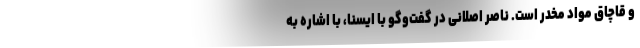
و قاچاق مواد مخدر است. ناصر اصلانی در گفت‌وگو با ایسنا، با اشاره به